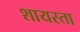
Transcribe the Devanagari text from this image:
शायस्ता